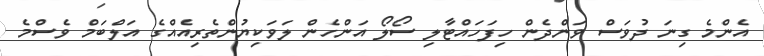
އެންމެ ގިނަ ދުވަސް ވަންދެން ހިފަހައްޓާލި ސޯލޯ އަންހެން ލަވަކިޔުންތެރިއެއްގެ އަލްބަމް ވެސްމެ